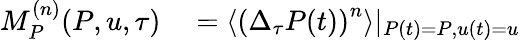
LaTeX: \begin{array}{rl}{M_{P}^{(n)}(P,u,\tau)}&{{}=\langle\left(\Delta_{\tau}P(t)\right)^{n}\rangle|_{P(t)=P,u(t)=u}}\end{array}